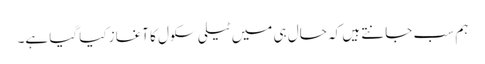
ہم سب جانتے ہیں کہ حال ہی میں ٹیلی سکول کا آغاز کیا گیا ہے۔